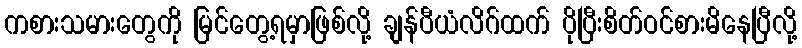
ကစားသမားတွေကို မြင်တွေ့ရမှာဖြစ်လို့ ချန်ပီယံလိဂ်ထက် ပိုပြီးစိတ်ဝင်စားမိနေပြီလို့